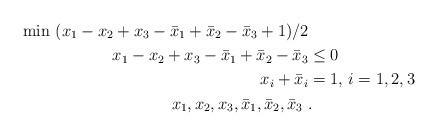
LaTeX: \begin{align*} \min\ (x_1-x_2 + x_3 - \bar x_1 + \bar x_2 - \bar x_3 + 1)/2&\\ x_1- x_2 + x_3 - \bar x_1 + \bar x_2 - \bar x_3&\leq 0\\ x_i + \bar x_i &=1, \, i=1,2,3\\ x_1,x_2,x_3,\bar x_1, \bar x_2, \bar x_3\ &.\end{align*}